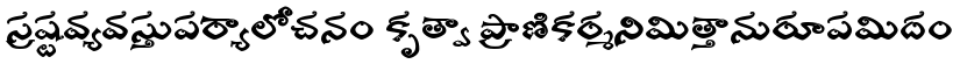
స్రష్టవ్యవస్తుపర్యాలోచనం కృత్వా ప్రాణికర్మనిమిత్తానురూపమిదం